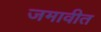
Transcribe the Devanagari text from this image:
जमावीत